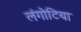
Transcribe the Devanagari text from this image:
लंगोटिया